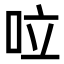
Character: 㕸